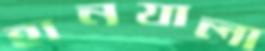
হানযালা